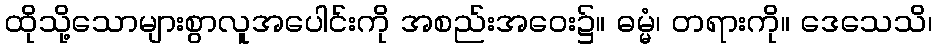
ထိုသို့သောများစွာလူအပေါင်းကို အစည်းအဝေး၌။ ဓမ္မံ၊ တရားကို။ ဒေသေသိ၊